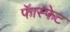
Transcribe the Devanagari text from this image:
फॅास्फेट